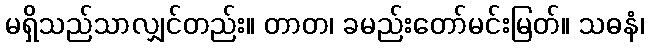
မရှိသည်သာလျှင်တည်း။ တာတ၊ ခမည်းတော်မင်းမြတ်။ သဓနံ၊